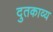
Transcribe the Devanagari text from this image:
दुतकाव्य